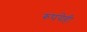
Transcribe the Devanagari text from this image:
रुपयेही